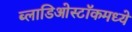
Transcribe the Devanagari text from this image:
ब्लाडिओस्टॉकमध्ये